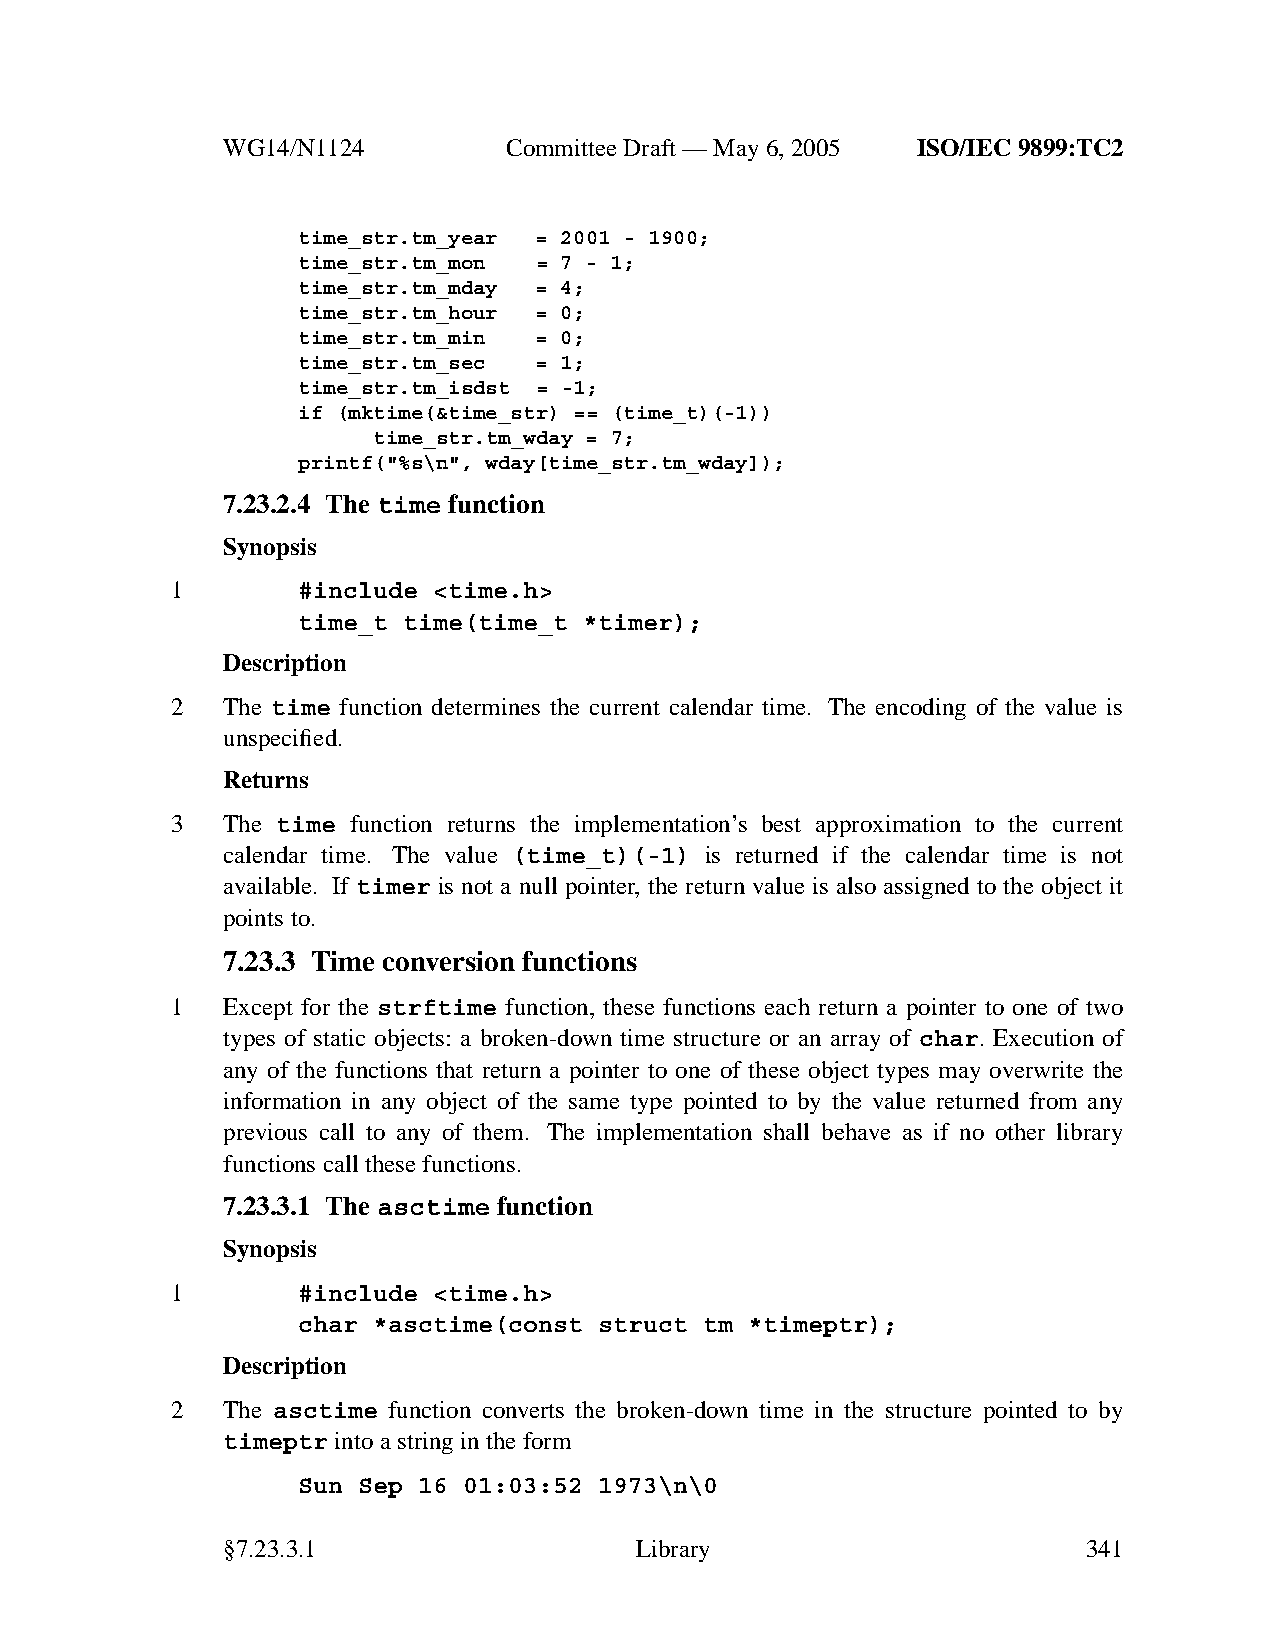
WG14/N1124        CommitteeDraft — May 6, 2005 ISO/IEC 9899:TC2
 time_str.tm_year = 2001 - 1900;
 time_str.tm_mon = 7 - 1;
 time_str.tm_mday = 4;
 time_str.tm_hour = 0;
 time_str.tm_min = 0;
 time_str.tm_sec = 1;
 time_str.tm_isdst = -1;
 if (mktime(&time_str) == (time_t)(-1))
 time_str.tm_wday = 7;
 printf("%s\n", wday[time_str.tm_wday]);
 7.23.2.4 The time function
 Synopsis
 1        #include <time.h>
 time_t time(time_t *timer);
 Description
 2   The time function determines the current calendar time. The encoding of the value is
 unspecified.
 Returns
 3   The time function returns the implementation’s best approximation to the current
 calendar time. The value (time_t)(-1) is returned if the calendar time is not
 available. If timer is not a null pointer, the return value is also assigned to the object it
 points to.
 7.23.3 Time conversion functions
 1   Except for the strftime function, these functions each return a pointer to one of two
 types of static objects: a broken-down time structure or an array of char. Execution of
 any of the functions that return a pointer to one of these object types may overwrite the
 information in any object of the same type pointed to by the value returned from any
 previous call to any of them. The implementation shall behave as if no other library
 functions call these functions.
 7.23.3.1 The asctime function
 Synopsis
 1        #include <time.h>
 char *asctime(const struct tm *timeptr);
 Description
 2   The asctime function converts the broken-down time in the structure pointed to by
 timeptr into a string in the form
 Sun Sep 16 01:03:52 1973\n\0
 §7.23.3.1                  Library                       341